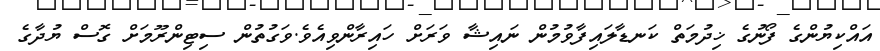
އައްކިޔުންގެ ފޯނުގެ ޚިދުމަތް ކަނޑާލައިފާވުމުން ނައިޝާ ވަރަށް ހައިރާންވިއެވެ.ވަގުތުން ސިޓިންރޫމަށް ގޮސް ޔުދާގެ